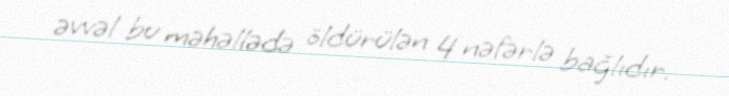
əvvəl bu məhəllədə öldürülən 4 nəfərlə bağlıdır.